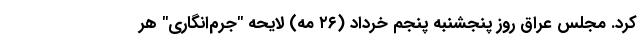
کرد. مجلس عراق روز پنجشنبه پنجم خرداد (۲۶ مه) لایحه "جرم‌انگاری" هر